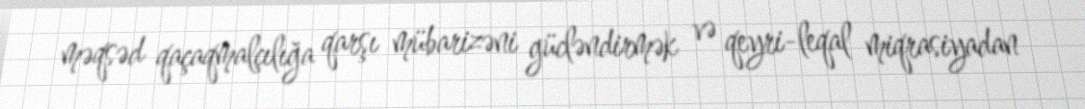
məqsəd qaçaqmalçılığa qarşı mübarizəni gücləndirmək və qeyri-leqal miqrasiyadan